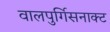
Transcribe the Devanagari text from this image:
वालपुर्गिसनाक्ट